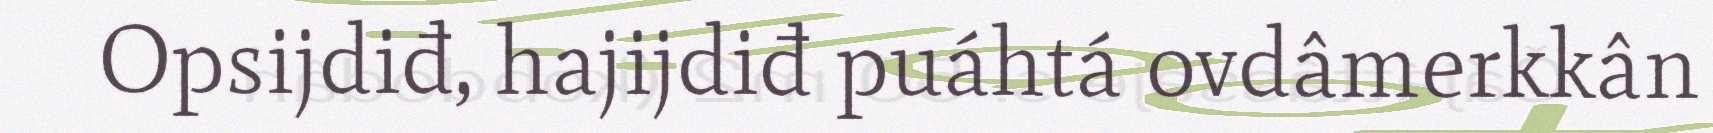
Opsijdiđ, hajijdiđ puáhtá ovdâmerkkân